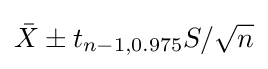
{\bar {X}}\pm t_{n-1,0.975}S/{\sqrt {n}}